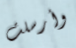
وأرسلت